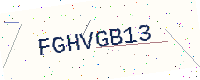
Text: FGHVGB13